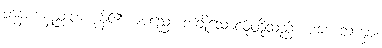
ဘုန်းကံနည်းပါးကုန်၏။ အညေ၊ အချို့သောလူတို့သည်။ မဟေသက္ခာ၊